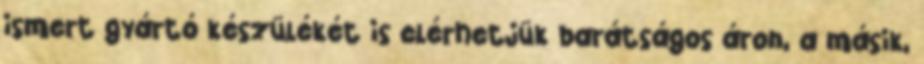
ismert gyártó készülékét is elérhetjük barátságos áron, a másik,